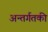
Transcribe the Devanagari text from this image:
अन्तर्गतकी